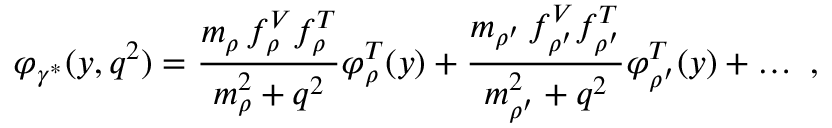
\varphi _ { \gamma ^ { * } } ( y , q ^ { 2 } ) = \frac { m _ { \rho } \, f _ { \rho } ^ { V } f _ { \rho } ^ { T } } { m _ { \rho } ^ { 2 } + q ^ { 2 } } \varphi _ { \rho } ^ { T } ( y ) + \frac { m _ { \rho ^ { \prime } } \, f _ { \rho ^ { \prime } } ^ { V } f _ { \rho ^ { \prime } } ^ { T } } { m _ { \rho ^ { \prime } } ^ { 2 } + q ^ { 2 } } \varphi _ { \rho ^ { \prime } } ^ { T } ( y ) + \ldots \ ,